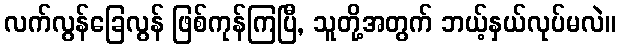
လက်လွန်ခြေလွန် ဖြစ်ကုန်ကြပြီ, သူတို့အတွက် ဘယ့်နှယ်လုပ်မလဲ။